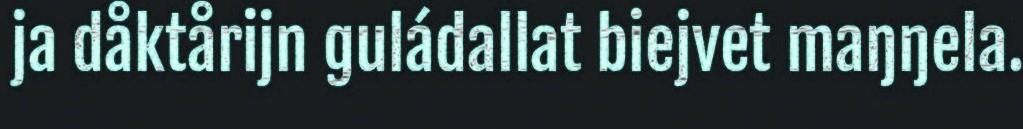
ja dåktårijn guládallat biejvet maŋŋela.